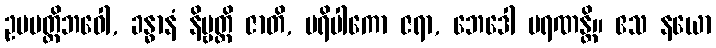
ဥပပတ္တိဘဝေါ, ခန္ဓာနံ နိဗ္ဗတ္တိ ဇာတိ, ပရိပါကော ဇရာ, ဘေဒေါ မရဏန္တိ။ ဧသ နယော